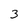
Character: 3